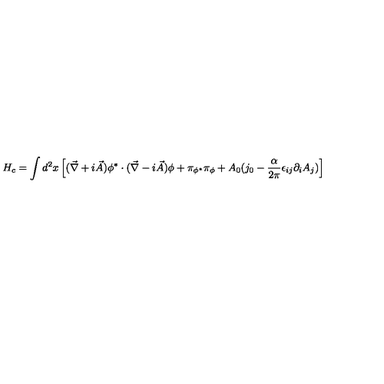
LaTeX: H _ { c } = \int d ^ { 2 } x \left[ ( { \vec { \nabla } } + i { \vec { A } } ) \phi ^ { * } \cdot ( { \vec { \nabla } } - i { \vec { A } } ) \phi + \pi _ { \phi ^ { * } } \pi _ { \phi } + A _ { 0 } ( j _ { 0 } - \frac { \alpha } { 2 \pi } \epsilon _ { i j } \partial _ { i } A _ { j } ) \right]